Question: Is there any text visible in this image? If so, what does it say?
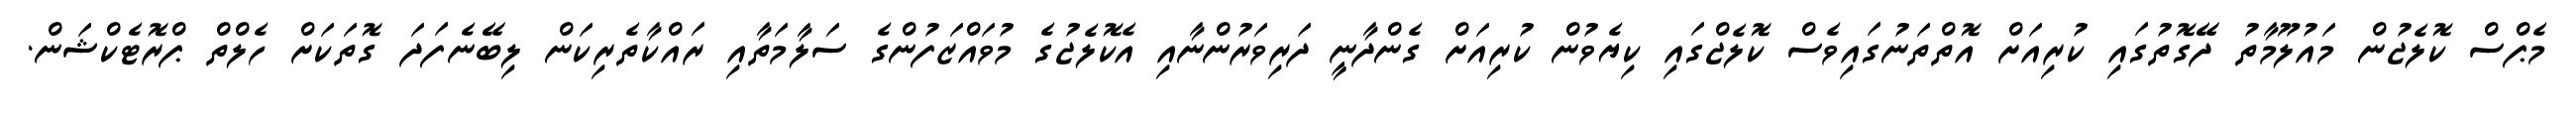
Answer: މެޕްސް ކޮލެޖުން މައުލޫމާތު ދޭގޮތުގައި ކުރިއަށް އޮތްތަނުގައިވެސް ކޮލެޖްގައި ކިޔެވުން ކުރިއަށް ގެންދާނީ ދަރިވަރުންނާއި އެކޮލެޖުގެ މުވައްޒަފުންގެ ސަލާމަތާއި ރައްކާތެރިކަން ލިބޭނެފަދަ ގޮތަކަށް ހެލްތް ޕްރޮޓެކްޝަން.